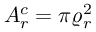
A _ { r } ^ { c } = \pi \varrho _ { r } ^ { 2 }